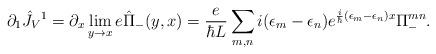
LaTeX: \begin{align*}\partial_1 \hat J_V{}^1=\partial_x \lim_{y\rightarrow x} e\hat \Pi_-(y,x)={e\over \hbar L}\sum_{m,n}i(\epsilon_m-\epsilon_n)e^{{i\over \hbar}(\epsilon_m-\epsilon_n)x}\Pi_-^{mn}. \end{align*}